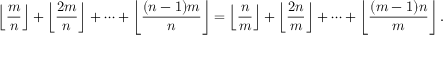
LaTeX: \left\lfloor { \frac { m } { n } } \right\rfloor + \left\lfloor { \frac { 2 m } { n } } \right\rfloor + \dots + \left\lfloor { \frac { ( n - 1 ) m } { n } } \right\rfloor = \left\lfloor { \frac { n } { m } } \right\rfloor + \left\lfloor { \frac { 2 n } { m } } \right\rfloor + \dots + \left\lfloor { \frac { ( m - 1 ) n } { m } } \right\rfloor .